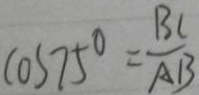
C O S 7 5 ^ { \circ } = \frac { B C } { A B }